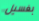
بغسيل